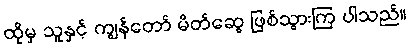
ထိုမှ သူနှင့် ကျွန်တော် မိတ်ဆွေ ဖြစ်သွားကြ ပါသည်။